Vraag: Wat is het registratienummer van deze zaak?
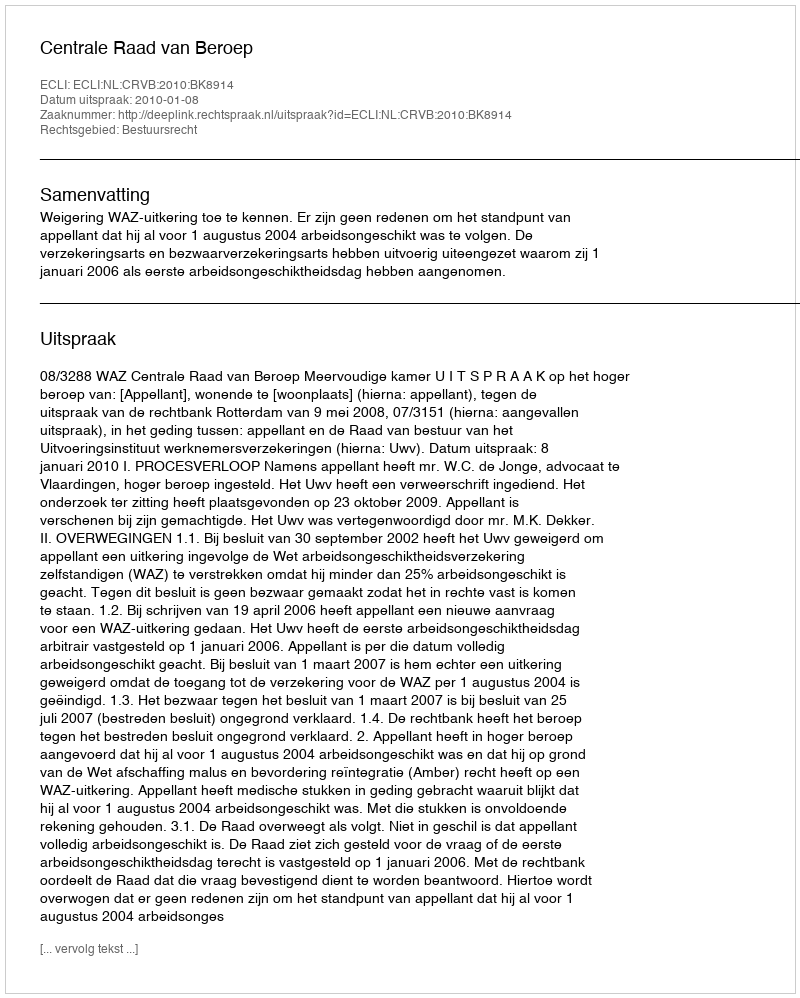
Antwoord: http://deeplink.rechtspraak.nl/uitspraak?id=ECLI:NL:CRVB:2010:BK8914